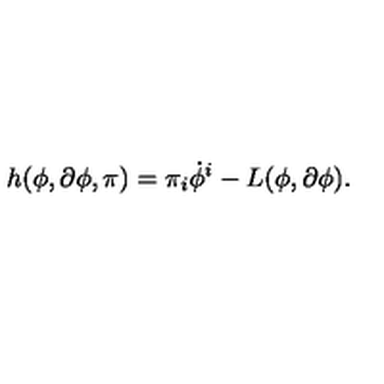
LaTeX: h ( \phi , \partial \phi , \pi ) = \pi _ { i } \dot { \phi } ^ { i } - L ( \phi , \partial \phi ) .